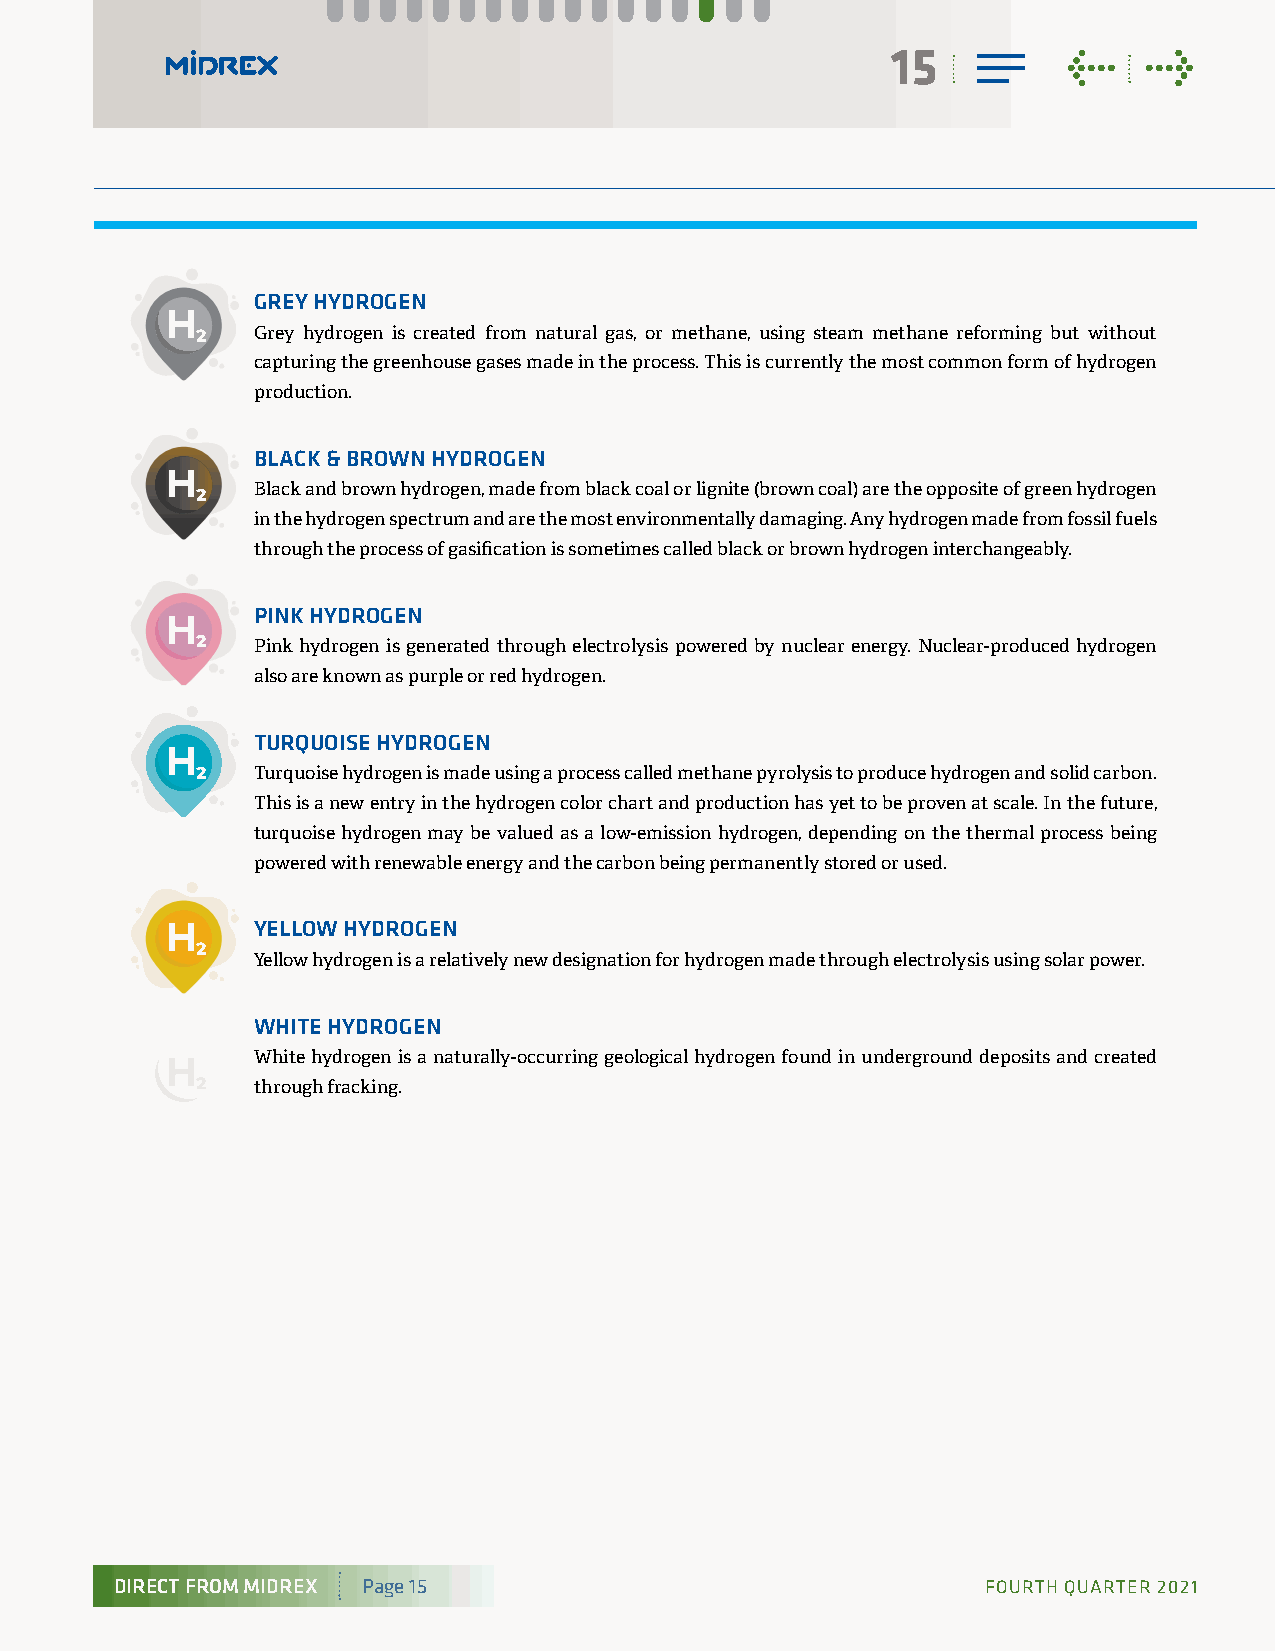
15          <    >
 GREY HYDROGEN
 Grey hydrogen is created from natural gas, or methane, using steam methane reforming but without
 capturing the greenhouse gases made in the process. This is currently the most common form of hydrogen
 production.
 BLACK & BROWN HYDROGEN
 Black and brown hydrogen, made from black coal or lignite (brown coal) are the opposite of green hydrogen
 in the hydrogen spectrum and are the most environmentally damaging. Any hydrogen made from fossil fuels
 through the process of gasification is sometimes called black or brown hydrogen interchangeably.
 PINK HYDROGEN
 Pink hydrogen is generated through electrolysis powered by nuclear energy. Nuclear-produced hydrogen
 also are known as purple or red hydrogen.
 TURQUOISE HYDROGEN
 Turquoise hydrogen is made using a process called methane pyrolysis to produce hydrogen and solid carbon.
 This is a new entry in the hydrogen color chart and production has yet to be proven at scale. In the future,
 turquoise hydrogen may be valued as a low-emission hydrogen, depending on the thermal process being
 powered with renewable energy and the carbon being permanently stored or used.
 YELLOW HYDROGEN
 Yellow hydrogen is a relatively new designation for hydrogen made through electrolysis using solar power.
 WHITE HYDROGEN
 White hydrogen is a naturally-occurring geological hydrogen found in underground deposits and created
 through fracking.
 DIRECT FROM MIDREX Page 15                               FOURTH QUARTER 2021